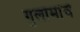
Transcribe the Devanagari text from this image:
गुलांमांचे